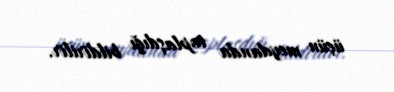
üçün meydanda toplaşdığı bildirilir.